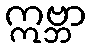
ဣဗ္ဘာ